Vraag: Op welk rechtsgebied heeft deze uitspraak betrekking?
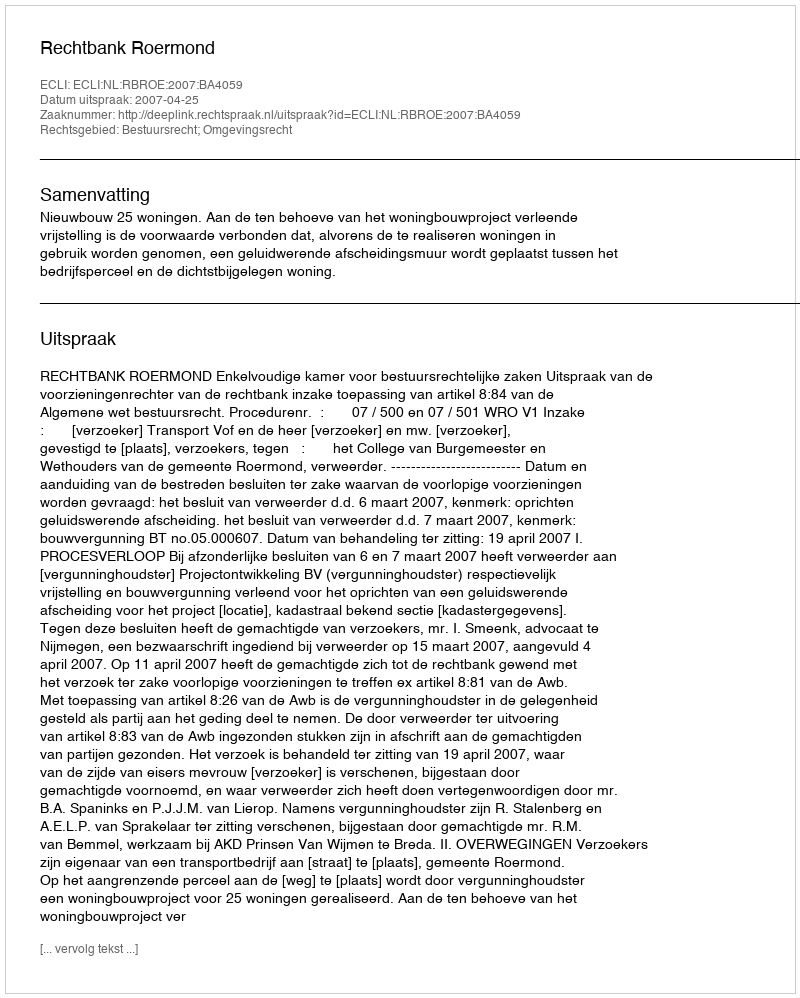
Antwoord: Bestuursrecht; Omgevingsrecht